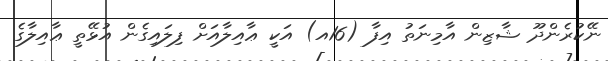
ނޭކުރެންދޫ ޝާޒިން އާމިނަތު އިފާ (16އ) އަކީ ޢާއިލާއަށް ފިލައިގެން އުޅޭތީ ޢާއިލާގެ